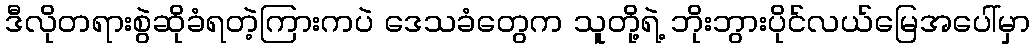
ဒီလိုတရားစွဲဆိုခံရတဲ့ကြားကပဲ ဒေသခံတွေက သူတို့ရဲ့ ဘိုးဘွားပိုင်လယ်မြေအပေါ်မှာ